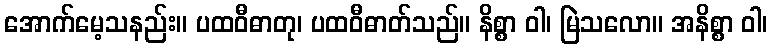
အောက်မေ့သနည်း။ ပထဝီဓာတု၊ ပထဝီဓာတ်သည်။ နိစ္စာ ဝါ၊ မြဲသလော။ အနိစ္စာ ဝါ၊